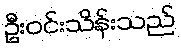
ဦးဝင်းသိန်းသည်